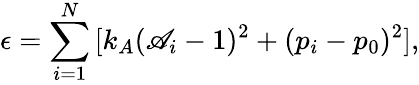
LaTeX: \epsilon=\sum_{i=1}^{N}{[k_{A}(\mathscr{A}_{i}-1)^{2}+(p_{i}-p_{0})^{2}]},